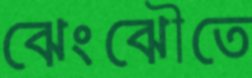
ঝেংঝৌতে